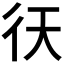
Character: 𢓍